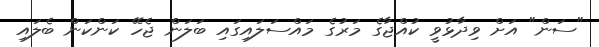
"ސަން" އަށް ވިދާޅުވީ ކުއްޖާގެ މަރުގެ މައްސަލައިގައި ބަލަން ޖެހޭ ކަންކަން ބެލައި